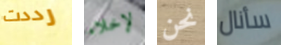
رددت لإخلاء نحن سأنال